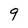
Character: 9